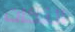
النكات